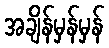
အချိန်မှန်မှန်